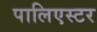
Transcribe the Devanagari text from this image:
पालिएस्टर